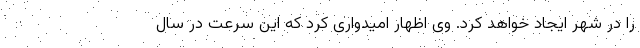
را در شهر ایجاد خواهد کرد. وی اظهار امیدواری کرد که این سرعت در سال